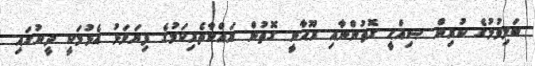
ބަލިވުމުގެ ކުރިން ޞިއްޙީ ގޮތުންނާއި ރޫޙާނީ ގޮތުން ރައްކާތެރިކަމުގެ ފިޔަވަޅު އެޅުމަކީ ދީނުގައި